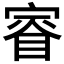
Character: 𫳤